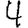
Digit: 4